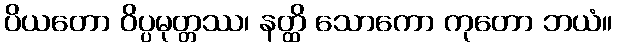
ပိယတော ဝိပ္ပမုတ္တဿ၊ နတ္ထိ သောကော ကုတော ဘယံ။